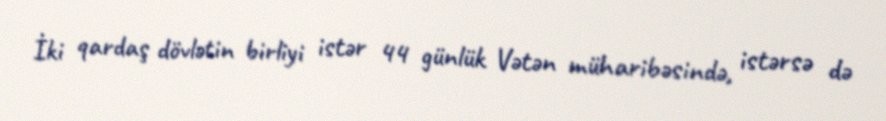
İki qardaş dövlətin birliyi istər 44 günlük Vətən müharibəsində, istərsə də